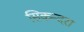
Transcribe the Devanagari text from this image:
सिकन्‍दरा